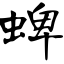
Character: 蜱